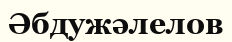
Әбдужәлелов